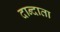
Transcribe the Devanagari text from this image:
दान्दाता